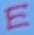
Text: E